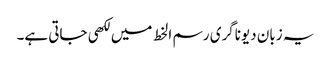
یہ زبان دیوناگری رسم الخط میں لکھی جاتی ہے۔